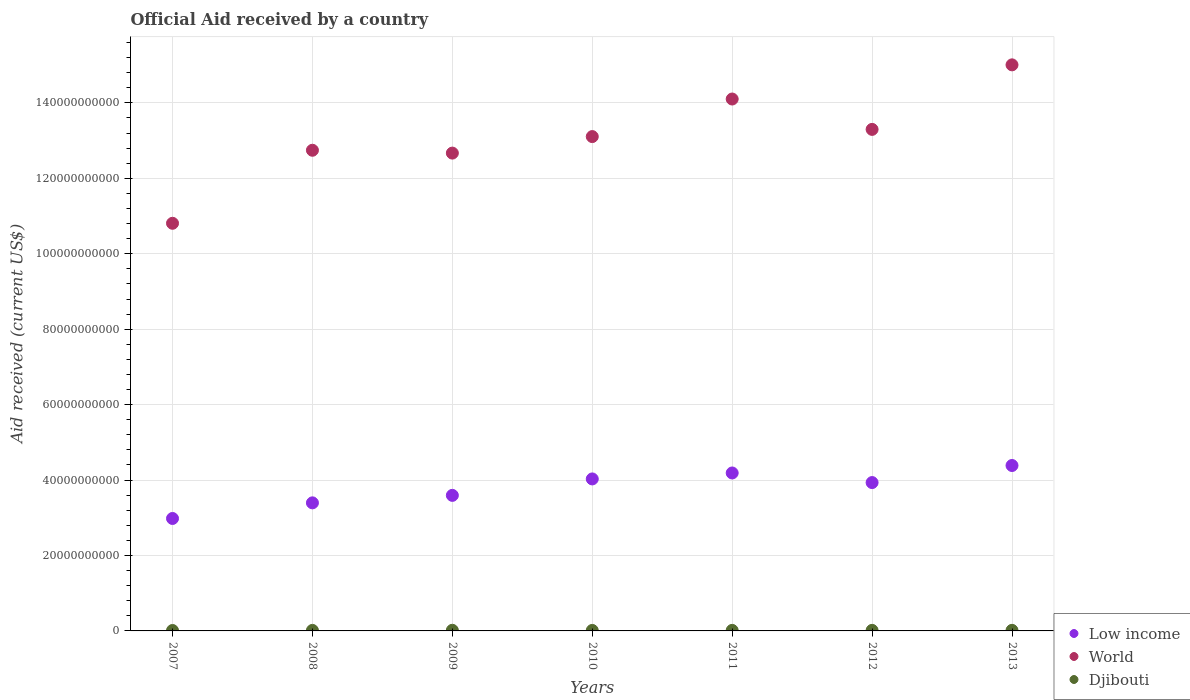
| Years | Low income | World | Djibouti |
 | --- | --- | --- | --- |
 | 2007 | 2.98e+10 | 1.08e+11 | 1.13e+08 |
 | 2008 | 3.4e+10 | 1.27e+11 | 1.41e+08 |
 | 2009 | 3.59e+10 | 1.27e+11 | 1.67e+08 |
 | 2010 | 4.03e+10 | 1.31e+11 | 1.32e+08 |
 | 2011 | 4.19e+10 | 1.41e+11 | 1.42e+08 |
 | 2012 | 3.93e+10 | 1.33e+11 | 1.47e+08 |
 | 2013 | 4.39e+10 | 1.5e+11 | 1.53e+08 |